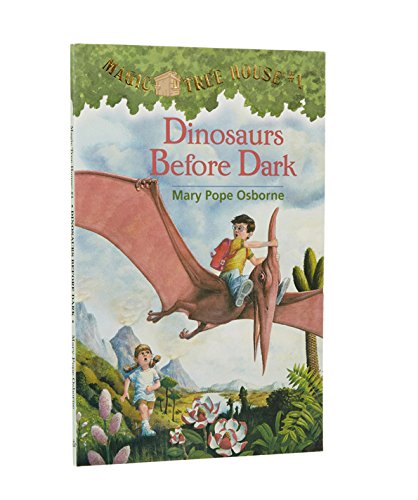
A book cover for Dinosaurs Before Dark (Magic Tree House, No. 1); Mary Pope Osborne; Children's Books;